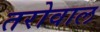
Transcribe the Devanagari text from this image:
तरोवाल